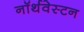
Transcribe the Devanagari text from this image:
नॉर्थवेस्टन